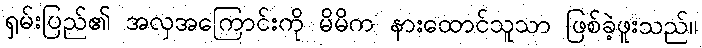
ရှမ်းပြည်၏ အလှအကြောင်းကို မိမိက နားထောင်သူသာ ဖြစ်ခဲ့ဖူးသည်။